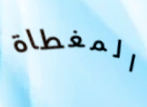
المغطاة